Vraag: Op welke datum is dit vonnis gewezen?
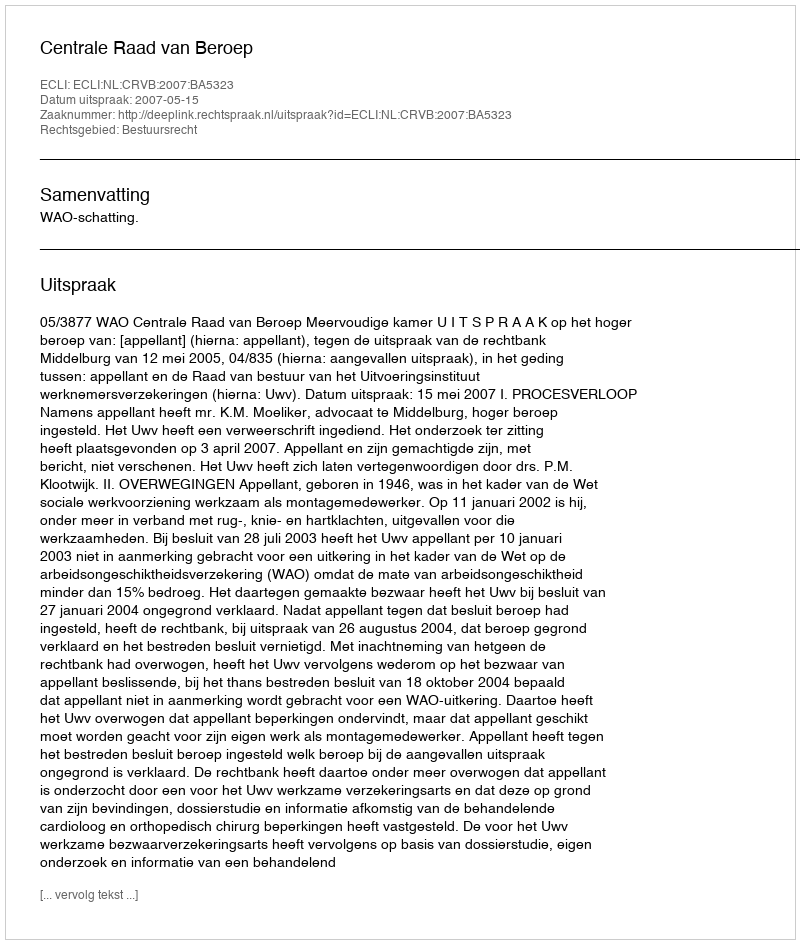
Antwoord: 2007-05-15